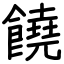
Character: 饒